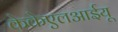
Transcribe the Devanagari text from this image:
केकेएलआईयू